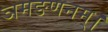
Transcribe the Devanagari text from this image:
ञमङणनम्।